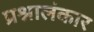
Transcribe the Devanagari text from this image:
प्रश्नालंकार